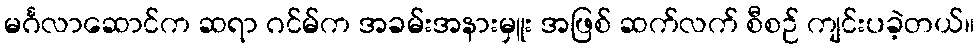
မင်္ဂလာဆောင်က ဆရာ ဂင်မ်က အခမ်းအနားမှူး အဖြစ် ဆက်လက် စီစဉ် ကျင်းပခဲ့တယ်။